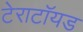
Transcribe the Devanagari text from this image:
टेराटॉयड